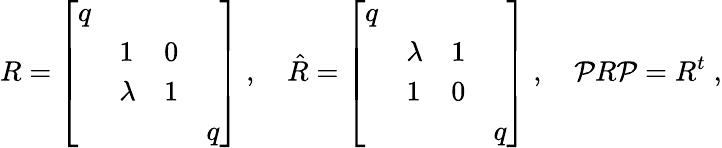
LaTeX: R=\left[\begin{array}{llll}{{q}}&{{\, }}&{{\, }}&{{\, }}\\ {{\, }}&{{1}}&{{0}}&{{\, }}\\ {{\, }}&{{\lambda}}&{{1}}&{{\, }}\\ {{\, }}&{{\, }}&{{\, }}&{{q}}\end{array}\right]\; ,\quad\hat{R}=\left[\begin{array}{llll}{{q}}&{{\, }}&{{\, }}&{{\, }}\\ {{\, }}&{{\lambda}}&{{1}}&{{\, }}\\ {{\, }}&{{1}}&{{0}}&{{\, }}\\ {{\, }}&{{\, }}&{{\, }}&{{q}}\end{array}\right]\; ,\quad{\cal P}R{\cal P}=R^{t}\; ,